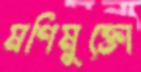
মণিমুক্তো